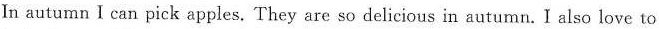
In autumn I can pick apples .They are so delicious in autumn .I also love to